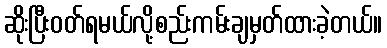
ဆိုးပြီးဝတ်ရမယ်လို့စည်းကမ်းချမှတ်ထားခဲ့တယ်။